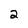
Character: 2